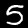
Digit: 5